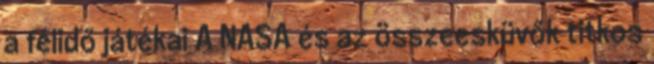
a félidő játékai A NASA és az összeesküvők titkos